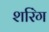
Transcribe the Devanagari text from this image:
शरिंग